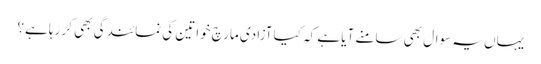
یہاں یہ سوال بھی سامنے آیا ہے کہ کیا آزادی مارچ خواتین کی نمائندگی بھی کر رہا ہے؟